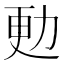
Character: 𠡣